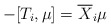
\begin{align*}-[T_i,\mu]=\overline X_i\mu\end{align*}